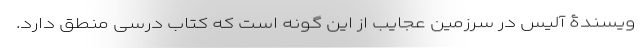
ویسندۀ آلیس در سرزمین عجایب از این گونه است که کتاب درسی منطق دارد.